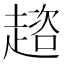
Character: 趦